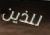
للذين